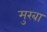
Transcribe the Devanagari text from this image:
मुरबा